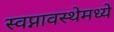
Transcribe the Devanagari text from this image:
स्वप्नावस्थेमध्ये